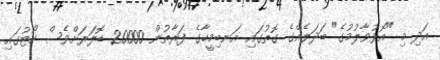
އަދި މި "އޮޅުވާލުމުގެ" ބަދަލެއްގެ ގޮތުގައި އަނބިމީހާގެ ފަރާތުން 20000 ޑޮލަރަށްވެސް ކޯޓުގައި